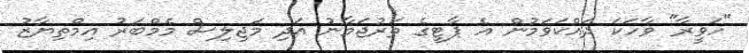
"ހަވީރާ" ވާހަކަ ދައްކަވަމުން އެ ޕާޓީގެ ތަރުޖަމާނު އަދި މަޖިލިސް މެމްބަރު އިމްތިޔާޒު